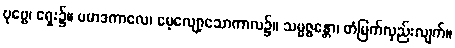
ပုဗ္ဗေ၊ ရှေး၌။ ပမာဒကာလေ၊ မေ့လျော့သောကာလ၌။ သမ္မဇ္ဇန္တော၊ တံမြက်လှည်းလျက်။